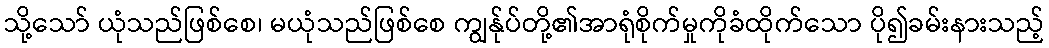
သို့သော် ယုံသည်ဖြစ်စေ၊ မယုံသည်ဖြစ်စေ ကျွန်ုပ်တို့၏အာရုံစိုက်မှုကိုခံထိုက်သော ပို၍ခမ်းနားသည့်